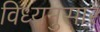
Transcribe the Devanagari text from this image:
विध्यनुसार